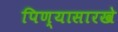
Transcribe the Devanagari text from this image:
पिण्यासारखे